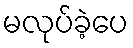
မလုပ်ခဲ့ပေ